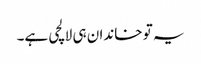
یہ تو خاندان ہی لالچی ہے۔